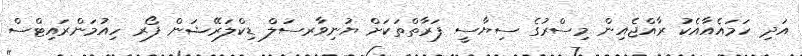
އަދި ހަމައެއާއެކު ރާއްޖެއިން މިސްރުގެ ސިޔާސީ ފަރާތްތަކަށް ޔުނިވާރސަލް ޑިކްލަރޭޝަން ފޯރ ހިއުމަންރައިޓްސް